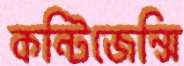
কন্টিজেন্সি